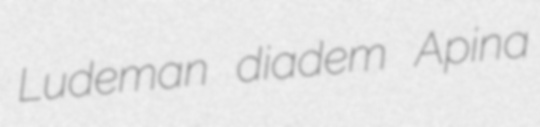
Ludeman diadem Apina